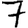
Digit: 7